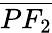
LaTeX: \overline{{PF_{2}}}